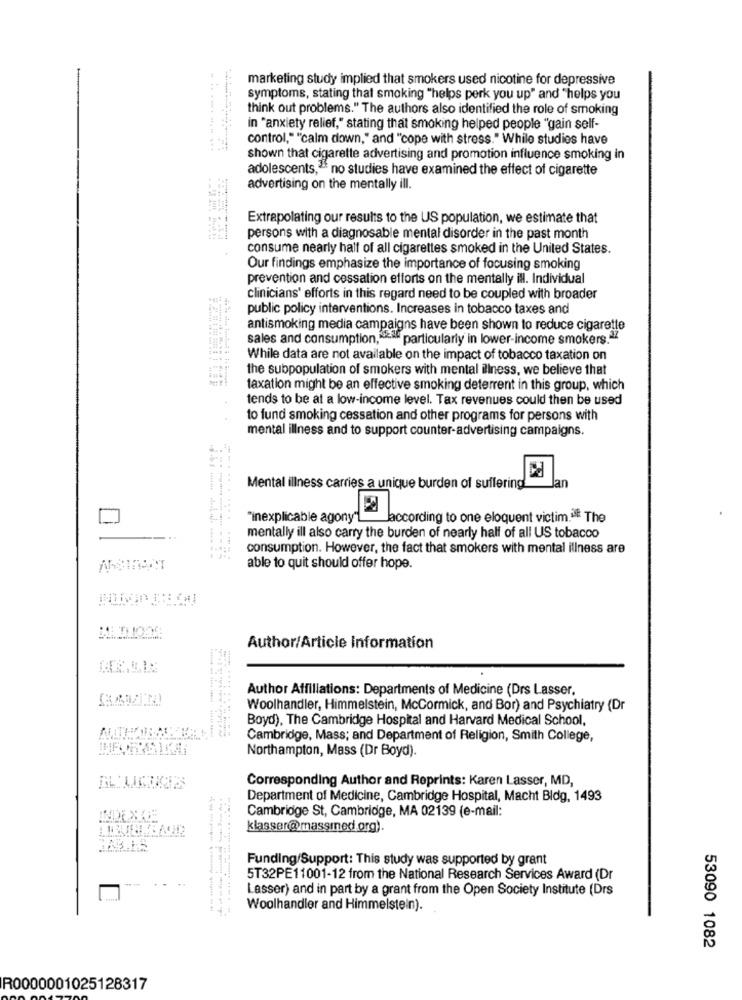
marketing study implied that smokers used nicotine for depressive
symptoms, stating that smoking "helps perk you up" and "helps you
think out problems." The authors also identified the role of smoking
in "anxiety relief," stating that smoking helped people "gain self-
. ..........
control," "calm down," and "cope with stress." While studies have
shown that cigarette advertising and promotion influence smoking in
adolescents," no studies have examined the effect of cigarette
advertising on the mentally ill.
Extrapolating our results to the US population, we estimate that
persons with a diagnosable mental disorder in the past month
consume nearly half of all cigarettes smoked in the United States.
Our findings emphasize the importance of focusing smoking
prevention and cessation efforts on the mentally ill. Individual
clinicians' efforts in this regard need to be coupled with broader
public policy interventions. Increases in tobacco taxes and
antismoking media campaigns have been shown to reduce cigarette
sales and consumption, particularly in lower-income smokers."
While data are not available on the impact of tobacco taxation on
the subpopulation of smokers with mental illness, we believe that
taxation might be an effective smoking deterrent in this group, which
tends to be at a low-income level. Tax revenues could then be used
to fund smoking cessation and other programs for persons with
mental illness and to support counter-advertising campaigns.
Jan
Mental illness carries a unique burden of suffering
"inexplicable agony"L
laccording to one eloquent victim. The
mentally ill also carry the burden of nearly half of all US tobacco
consumption. However, the fact that smokers with mental illness are
able to quit should offer hope.
Author/Article Information
Author Affiliations: Departments of Medicine (Drs Lasser,
Woolhandler, Himmelstein, McCormick, and Bor) and Psychiatry (Dr
Boyd), The Cambridge Hospital and Harvard Medical School,
Cambridge, Mass; and Department of Religion, Smith College,
Northampton, Mass (Dr Boyd).
Corresponding Author and Reprints: Karen Lasser, MD,
Department of Medicine, Cambridge Hospital, Macht Bldg, 1493
Cambridge St, Cambridge, MA 02139 (e-mail:
INDE XADE
klasser@massmed.org).
Funding/Support: This study was supported by grant
5T32PE11001-12 from the National Research Services Award (Dr
Lasser) and in part by a grant from the Open Society Institute (Drs
Woolhandler and Himmelstein).
53090 1082
R0000001025128317